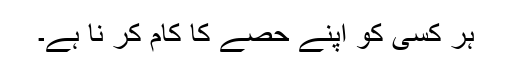
ہر کسی کو اپنے حصے کا کام کر نا ہے۔